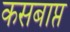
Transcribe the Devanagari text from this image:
कसबाप्त